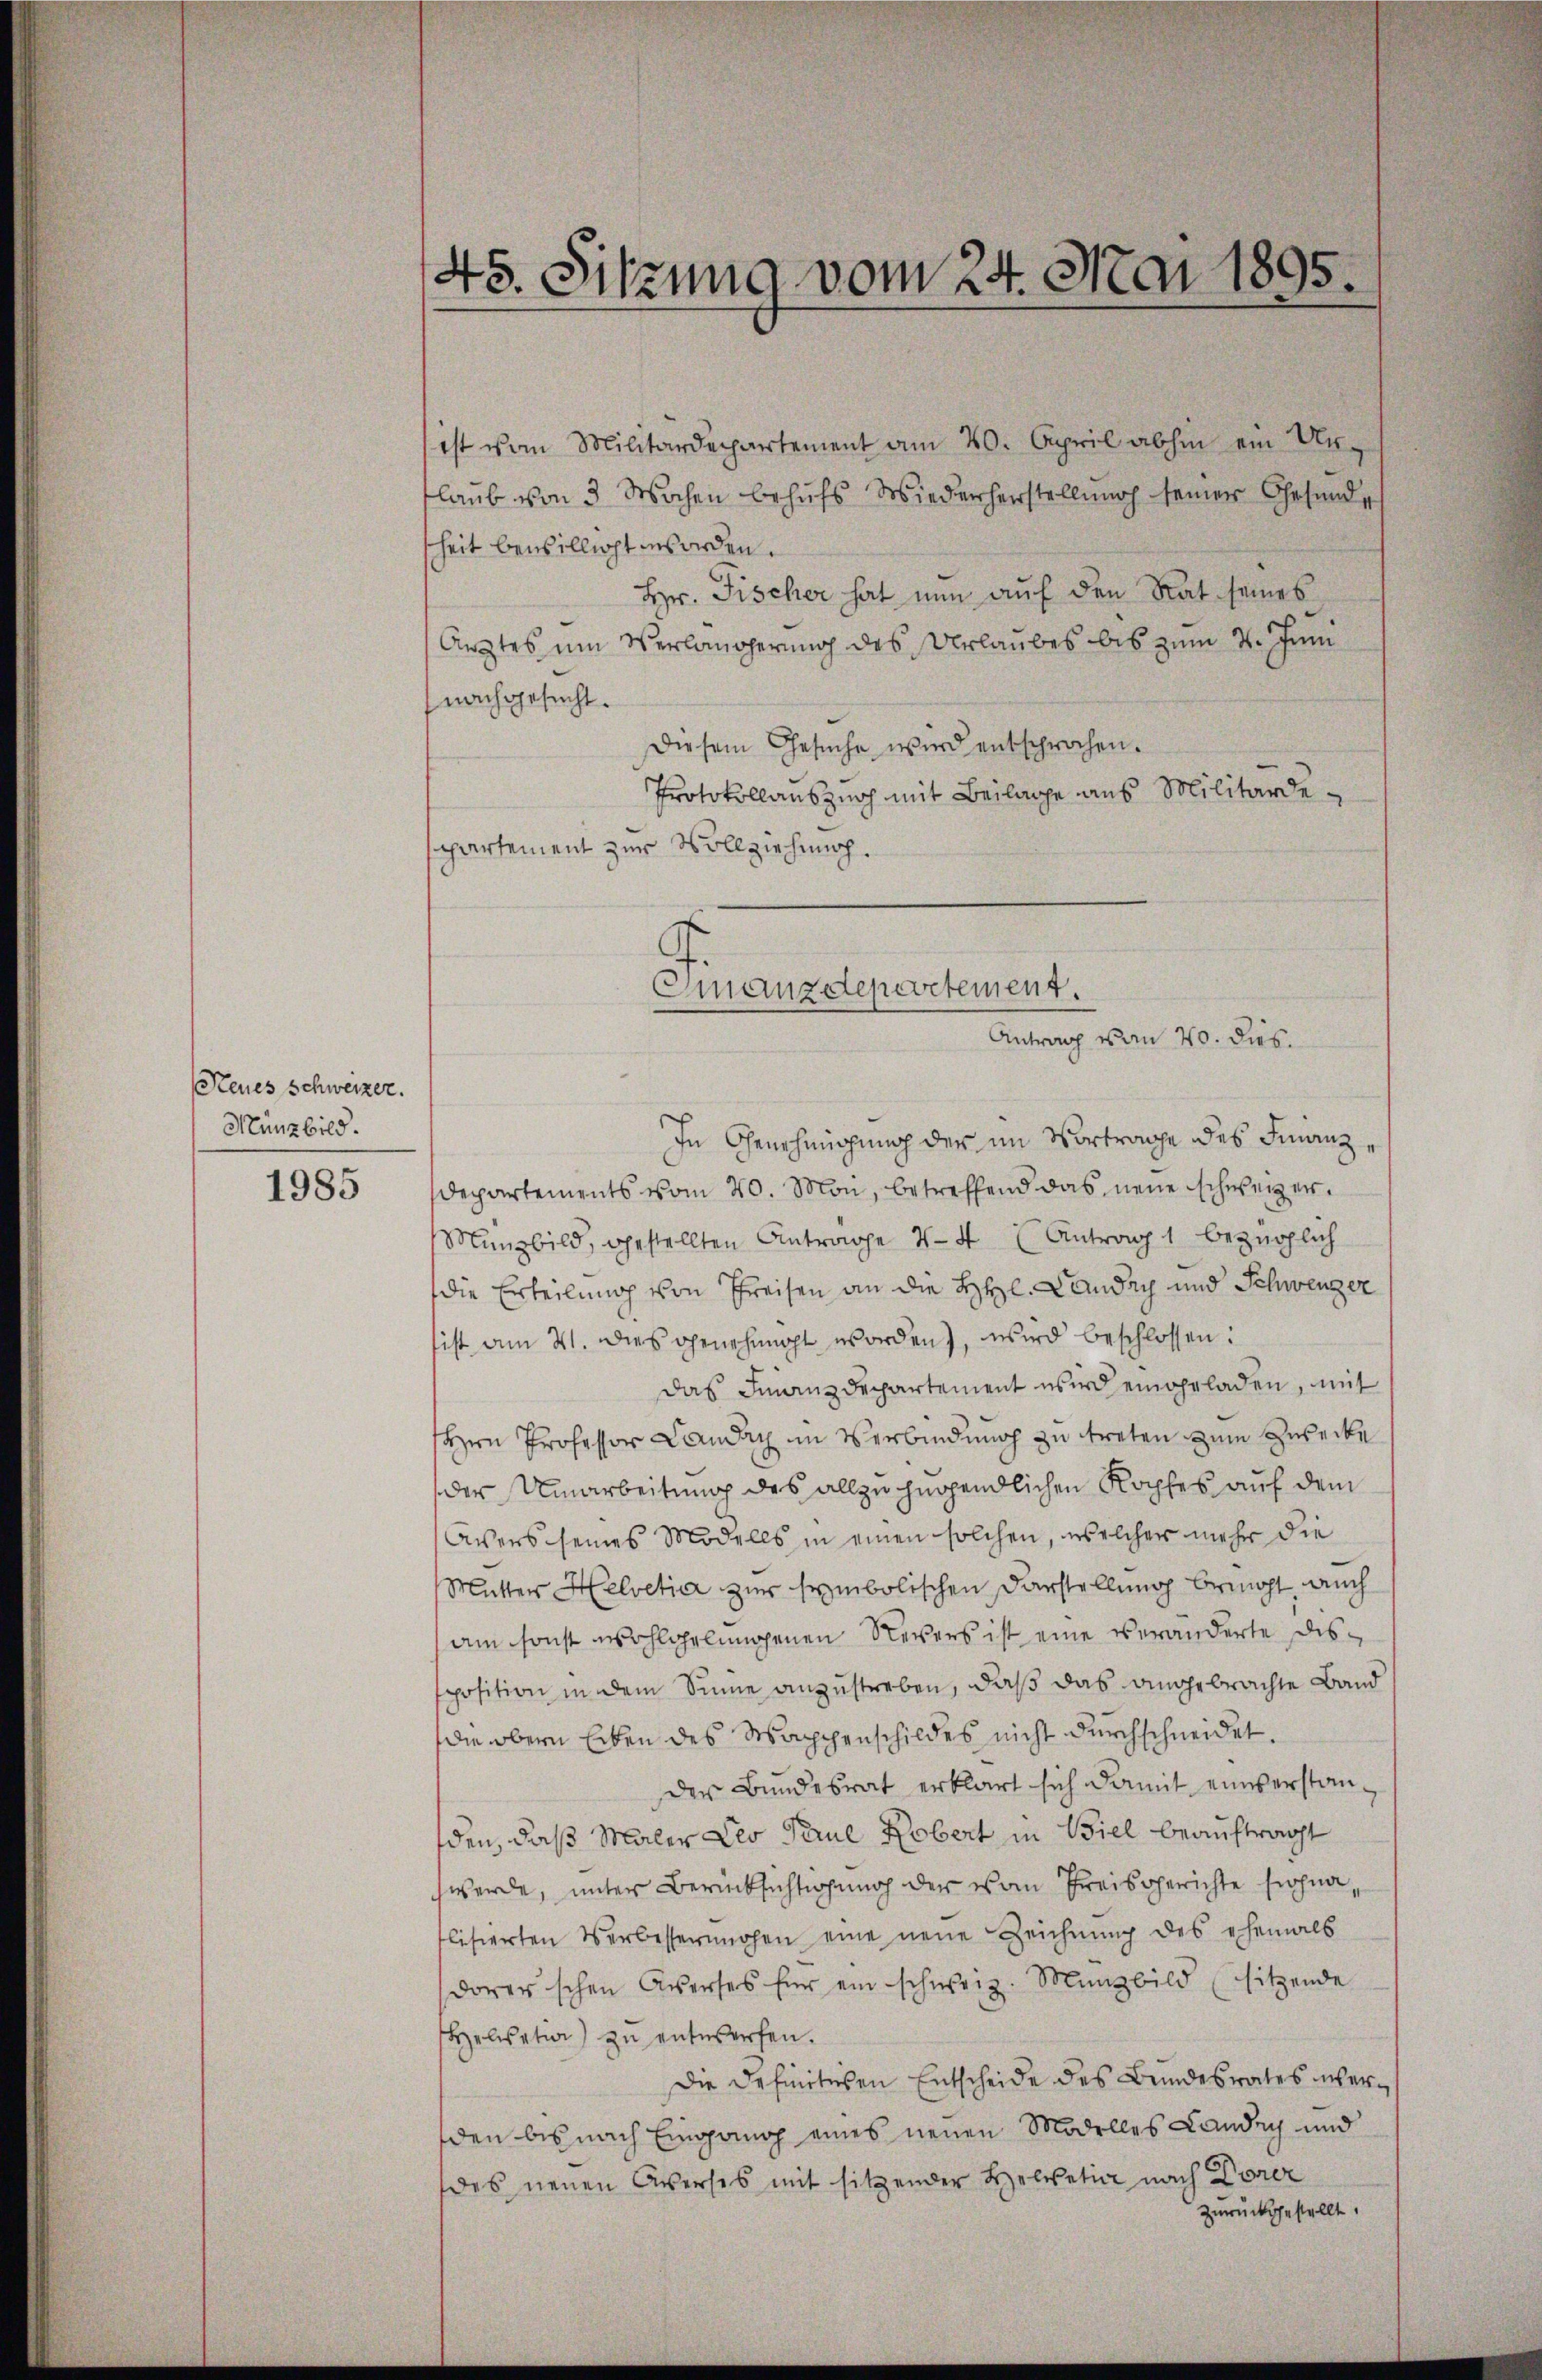
Neues Schweizer.
Münzbild.

1985

45. Sitzung vom 24. Mai 1895.

ist vom Militärdepartement am 20. April abhin ein Unflaub von 3 Wochen behufs Wiederherstellung seiner Gesundsheit bewillicht worden.
Hr. Fischer hat nun auf den Rat seines
Arztes um Verlängerung des Urlaubes bis zum 4. Juni
nachgesucht.
Diesem Gesŭche wird entsprochen.
Protokollauszusch mit Beilage aus Militärdepartement zur Vollziehung.
In Genehmigung der im Vortrage des Finanz¬
Departements vom 20. Man, betreffend das neue schweizer¬
Münzbild, gestellten Antrage 44 Antrag 1 bezüglich
die Erteilung von Preisen an die HHl. Landry und Schweizer
ist am 21. dies genehmigt worden, wird beschlossen:
das Finanzdepartement wird eingeladen, mit
Hrn Professor Landach im Verbindung zu treten zum Zwecke
der Umarbeitung des allzufügendlichen Koches auf dem
Avers seines Modells in einen solchen, welcher mehr die
Mutter Helvetia zur symbolischen Darstellung bringt, auch
(am sonst wohlgelungenen Revers ist eine veränderte dissposition in dem Sinne anzustreben, daß das angebrachte Band
die obern Erben des Wappenschildes nicht durchschneidet.
der Bundesrat erklärt sich damit einverstanden, daß Maler Leo Terne Kobert in Biel beauftragt
chwerde, unter Berücksichtigung der von Preisgerichte sich na
flisierten Verbesserungen eine neue Zeichnung des ehemals
dorerschen Averses für ein schweiz. Münzbild sitzende
Helisation zu entwerfen.
Die Definitiven Entscheide des Bundesrates unterden bis nach Eingang eines neuen Modelles Landen und
des neuen Averses mit sitzender Helvetia nach Dorer
zurückgestellt.

Gmanzdepartement.
Antrag vom 20. dies.